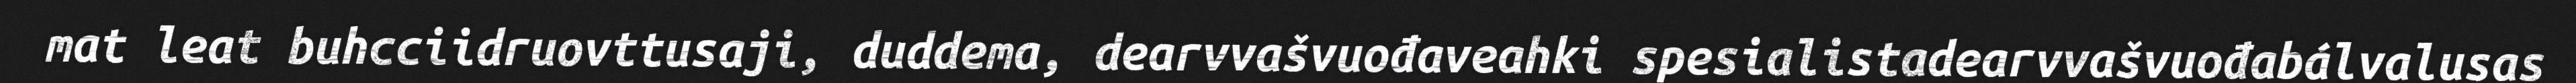
mat leat buhcciidruovttusaji, duddema, dearvvašvuođaveahki spesialistadearvvašvuođabálvalusas